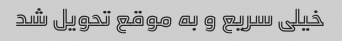
خیلی سریع و به موقع تحویل شد